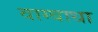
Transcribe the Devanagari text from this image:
वाग्बाधा